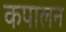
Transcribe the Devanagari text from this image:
कपालन